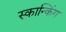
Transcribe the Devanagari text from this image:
स्कान्किंग